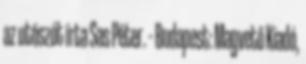
az utószót írta Sas Péter. – Budapest: Magvető Kiadó,